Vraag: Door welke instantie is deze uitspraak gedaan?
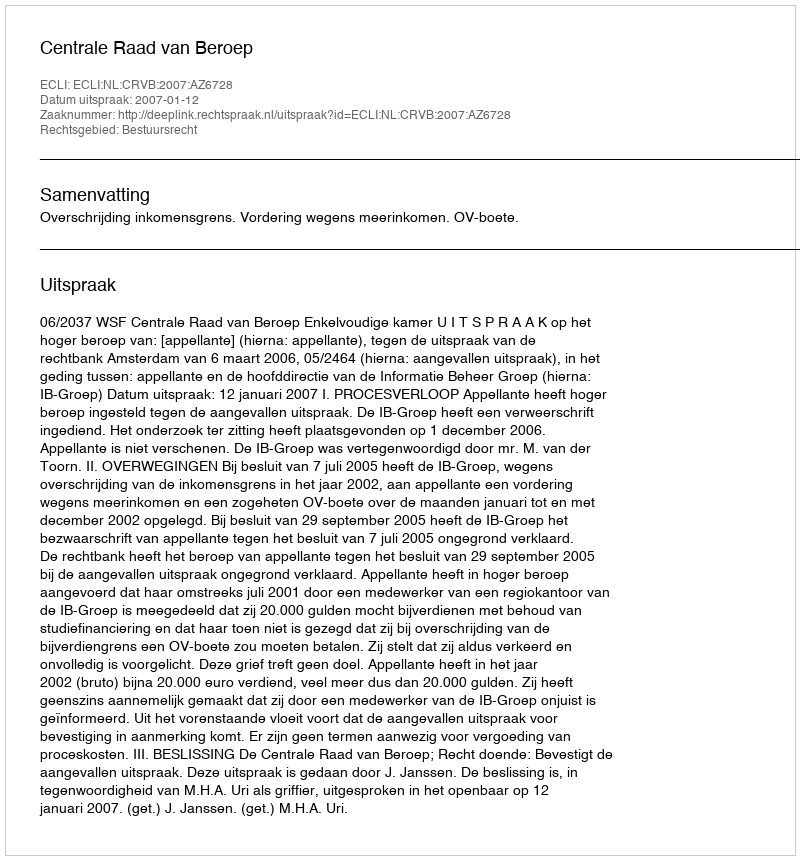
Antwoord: Centrale Raad van Beroep